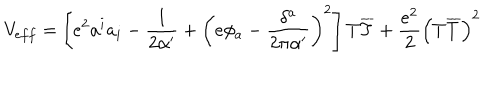
V _ { e f f } = \left[ e ^ { 2 } a ^ { i } a _ { i } - \frac { 1 } { 2 \alpha ^ { \prime } } + \left( e \phi _ { a } - \frac { \delta ^ { a } } { 2 \pi \alpha ^ { \prime } } \right) ^ { 2 } \right] T \overline { { { T } } } + \frac { e ^ { 2 } } { 2 } \left( T \overline { { { T } } } \right) ^ { 2 }